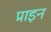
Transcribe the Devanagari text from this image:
प्राइन